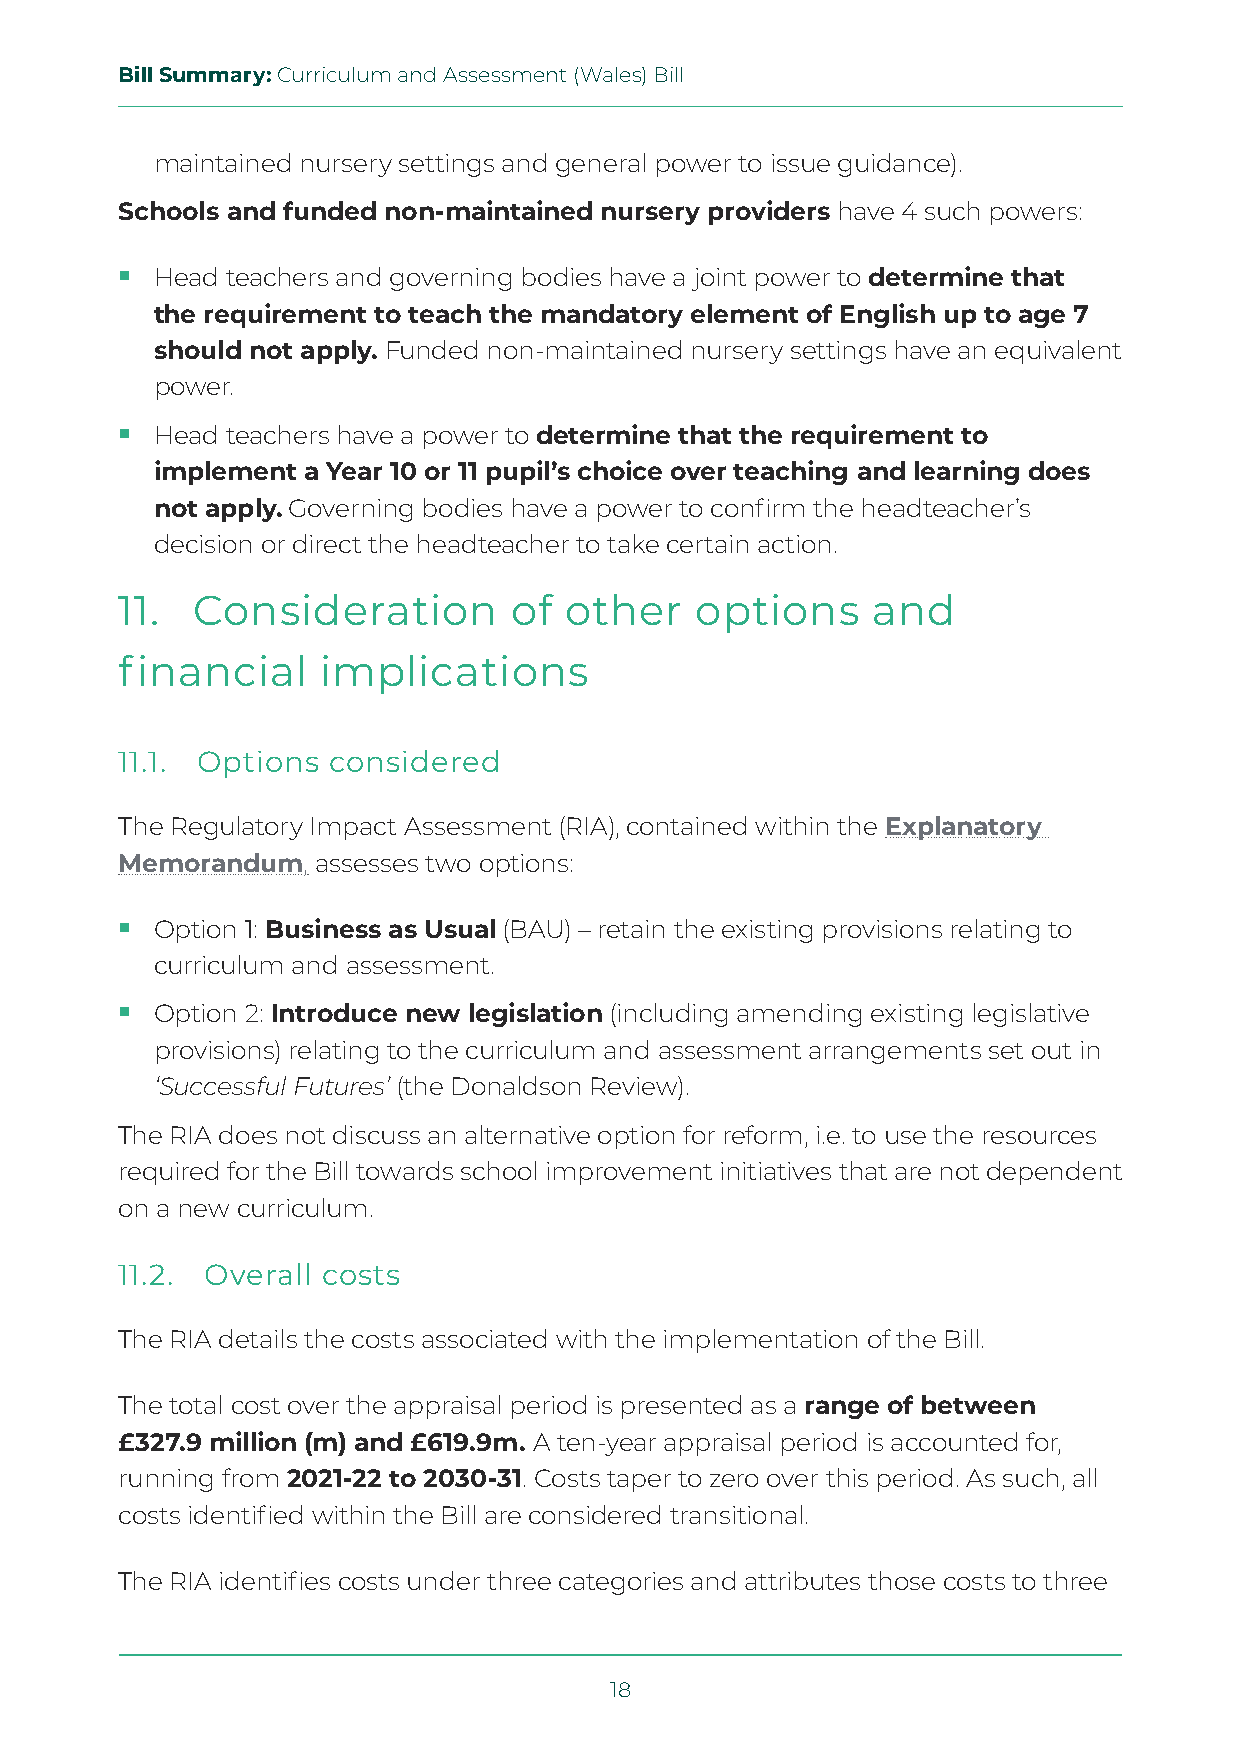
Bill Summary: Curriculum and Assessment (Wales) Bill
 maintained nursery settings and general power to issue guidance).
 Schools and funded non-maintained nursery providers have 4 such powers:
  Head teachers and governing bodies have a joint power to determine that
 the requirement to teach the mandatory element of English up to age 7
 should not apply. Funded non-maintained nursery settings have an equivalent
 power.
  Head teachers have a power to determine that the requirement to
 implement a Year 10 or 11 pupil’s choice over teaching and learning does
 not apply. Governing bodies have a power to confirm the headteacher’s
 decision or direct the headteacher to take certain action.
 11.  Consideration        of other    options     and
 financial    implications
 11.1. Options considered
 The Regulatory Impact Assessment (RIA), contained within the Explanatory
 Memorandum,  assesses two options:
  Option 1: Business as Usual (BAU) – retain the existing provisions relating to
 curriculum and assessment.
  Option 2: Introduce new legislation (including amending existing legislative
 provisions) relating to the curriculum and assessment arrangements set out in
 ‘Successful Futures’ (the Donaldson Review).
 The RIA does not discuss an alternative option for reform, i.e. to use the resources
 required for the Bill towards school improvement initiatives that are not dependent
 on a new curriculum.
 11.2. Overall costs
 The RIA details the costs associated with the implementation of the Bill.
 The total cost over the appraisal period is presented as a range of between
 £327.9 million (m) and £619.9m. A ten-year appraisal period is accounted for,
 running from 2021-22 to 2030-31. Costs taper to zero over this period. As such, all
 costs identified within the Bill are considered transitional.
 The RIA identifies costs under three categories and attributes those costs to three
 18